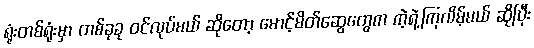
ရုံးတစ်ရုံးမှာ တစ်ခုခု ဝင်လုပ်မယ် ဆိုတော့ မောင့်မိတ်ဆွေတွေက ကဲ့ရဲ့ကြလိမ့်မယ် ဆိုပြီး